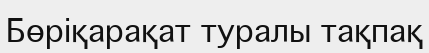
Бөріқарақат туралы тақпақ